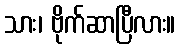
သား၊ ဗိုက်ဆာပြီလား။